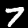
Label: 7